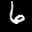
Label: 6